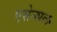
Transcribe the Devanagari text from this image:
एसेन्शल